Civil Veterinary Department. Madras. Admin. report 1910-25 - 1910-1925
Year: 1910
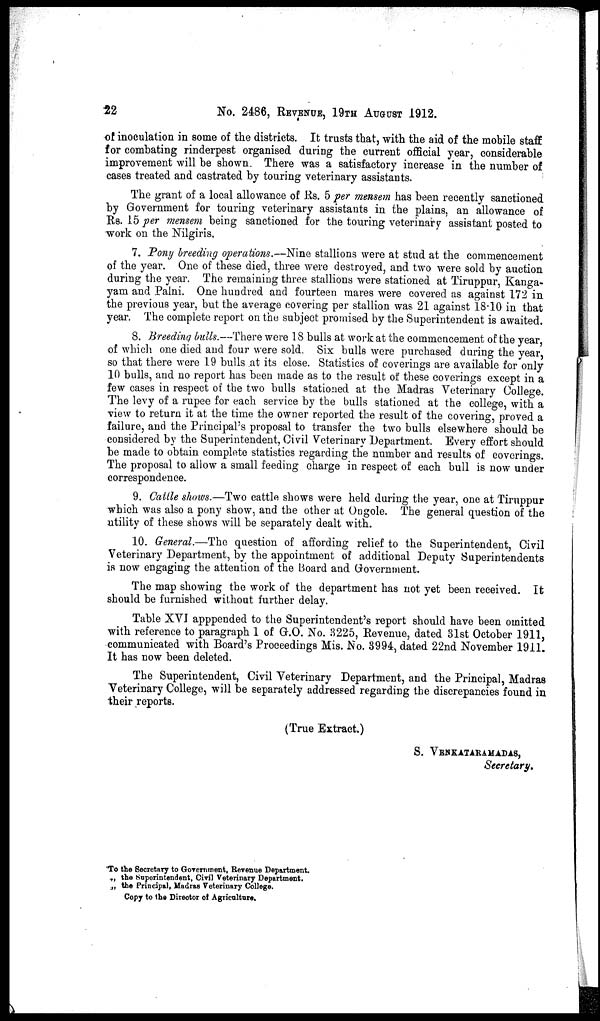
22
No. 2486, REVENUE, 19TH AUGUST 1912.
of inoculation in some of the districts. It trusts that, with the aid of the mobile staff
for combating rinderpest organised during the current official year, considerable
improvement will be shown. There was a satisfactory increase in the number of
cases treated and castrated by touring veterinary assistants.
The grant of a local allowance of Rs. 5 per mensem has been recently sanctioned
by Government for touring veterinary assistants in the plains, an allowance of
Rs. 15 per mensem being sanctioned for the touring veterinary assistant posted to
work on the Nilgiris.
7. Pony breeding operations.-—Nine stallions were at stud at the commencement
of the year. One of these died, three were destroyed, and two were sold by auction
during the year. The remaining three stallions were stationed at Tiruppur, Kanga-
yam and Palni. One hundred and fourteen mares were covered as against 172 in
the previous year, but the average covering per stallion was 21 against 18.10 in that
year. The complete report on the subject promised by the Superintendent is awaited.
8. Breeding bulls.—There were 18 bulls at work at the commencement of the year,
of which one died and four were sold. Six bulls were purchased during the year,
so that there were 19 bulls at its close. Statistics of coverings are available for only
10 bulls, and no report has been made as to the result of these coverings except in a
few cases in respect of the two bulls stationed at the Madras Veterinary College.
The levy of a rupee for each service by the bulls stationed at the college, with a
view to return it at the time the owner reported the result of the covering, proved a
failure, and the Principal's proposal to transfer the two bulls elsewhere should be
considered by the Superintendent, Civil Veterinary Department. Every effort should
be made to obtain complete statistics regarding the number and results of coverings.
The proposal to allow a small feeding charge in respect of each bull is now under
correspondence.
9. Cattle shows.—Two cattle shows were held during the year, one at Tiruppur
which was also a pony show, and the other at Ongole. The general question of the
utility of these shows will be separately dealt with.
10. General.—The question of affording relief to the Superintendent, Civil
Veterinary Department, by the appointment of additional Deputy Superintendents
is now engaging the attention of the Board and Government.
The map showing the work of the department has not yet been received. It
should be furnished without further delay.
Table XVI apppended to the Superintendent's report should have been omitted
with reference to paragraph 1 of G.O. No. 3225, Revenue, dated 31st October 1911,
communicated with Board's Proceedings Mis. No. 3994, dated 22nd November 1911.
It has now been deleted.
The Superintendent, Civil Veterinary Department, and the Principal, Madras
Veterinary College, will be separately addressed regarding the discrepancies found in
their reports.
(True Extract.)
S. VENKATARAMADAS,
Secretary.
To the Secretary to Government, Revenue Department.
„ the Superintendent, Civil Veterinary Department.
„ the Principal, Madras Veterinary College.
Copy to the Director of Agriculture.